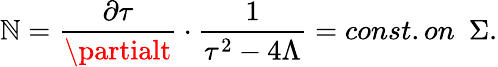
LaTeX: \mathbb{N}=\frac{{\partial\tau}}{{\partialt}}\cdot\frac{{1}}{{\tau^{2}-4\Lambda}}=const.on\mathrm{{~\ }}\Sigma.